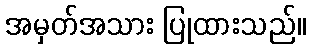
အမှတ်အသား ပြုထားသည်။